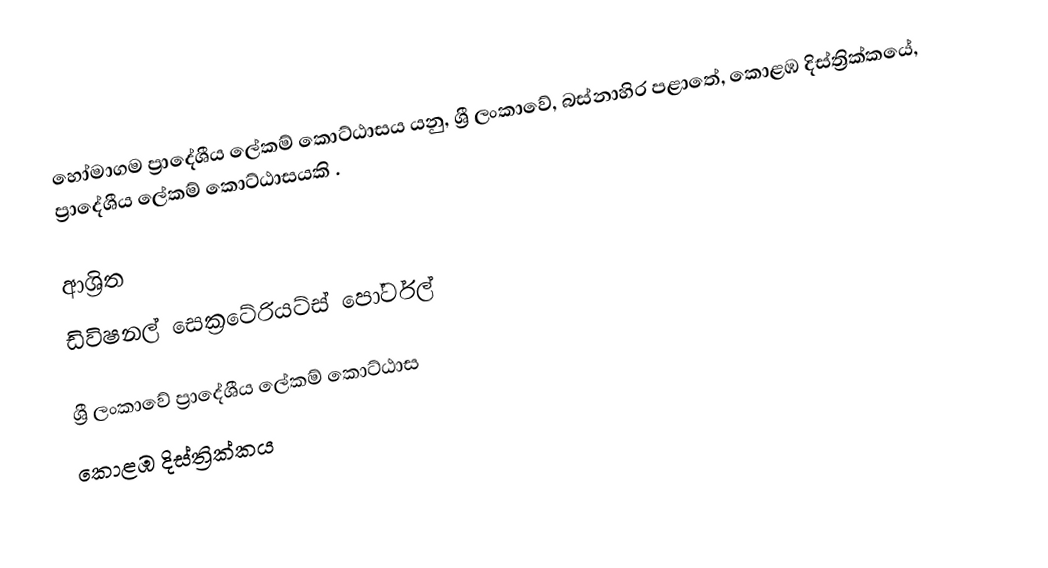
හෝමාගම ප්‍රාදේශීය ලේකම් කොට්ඨාසය යනු,  ශ්‍රී ලංකාවේ, බස්නාහිර පළාතේ,   කොළඹ දිස්ත්‍රික්කයේ, ප්‍රාදේශීය ලේකම් කොට්ඨාසයකි .

ආශ්‍රිත
 ඩිවිෂනල් සෙක්‍රටේරියට්ස් පෝර්ටල්

ශ්‍රී ලංකාවේ ප්‍රාදේශීය ලේකම් කොට්ඨාස
කොළඹ දිස්ත්‍රික්කය